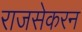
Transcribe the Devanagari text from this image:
राजसेकरन